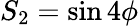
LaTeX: S_{2}=\sin 4\phi